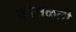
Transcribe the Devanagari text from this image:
कोसळती